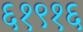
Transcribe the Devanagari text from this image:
६१९१६